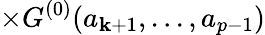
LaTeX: \times{G}^{(0)}(a_{\mathbf{k}+1},...,a_{p-1})